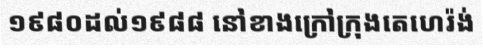
១៩៨០ដល់១៩៨៨ នៅខាងក្រៅក្រុងតេហេរ៉ង់